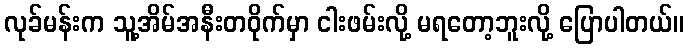
လုခ်မန်းက သူ့အိမ်အနီးတဝိုက်မှာ ငါးဖမ်းလို့ မရတော့ဘူးလို့ ပြောပါတယ်။